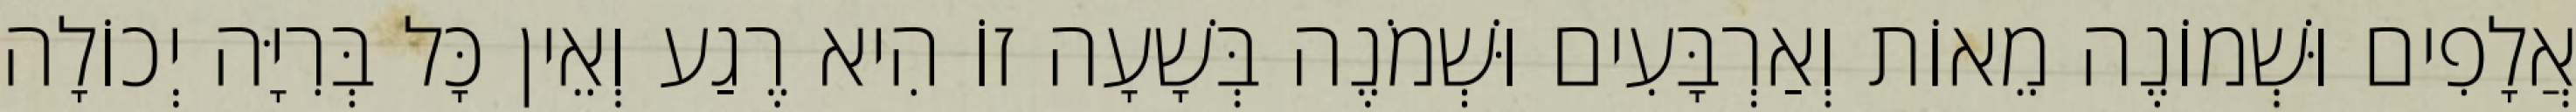
אֲלָפִים וּשְׁמוֹנֶה מֵאוֹת וְאַרְבָּעִים וּשְׁמֹנֶה בְּשָׁעָה זוֹ הִיא רֶגַע וְאֵין כָּל בְּרִיָּה יְכוֹלָה